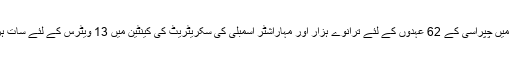
اس سے قبل پچھلے دنوں اترپردیش میں چپراسی کے 62 عہدوں کے لئے ترانوے ہزار اور مہاراشٹر اسمبلی کی سکریٹریٹ کی کینٹین میں 13 ویٹرس کے لئے سات ہزار درخواستیں موصول ہوئی تھیں ۔